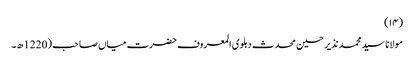
(۱۴)
مولانا سید محمد نذیر حسین محدث دہلوی المعروف حضرت میاں صاحب (1220ھ۔